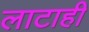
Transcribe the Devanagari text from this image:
लाटाही